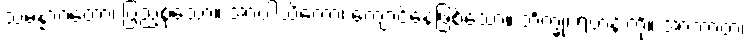
သမန္နာဂတော၊ ပြည့်စုံသော။ အာဝါသိကော၊ ကျောင်နေဖြစ်သော။ ဘိက္ခု၊ ရဟန်းကို။ အာဘာတံ၊